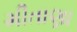
મીતાણા